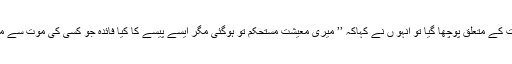
ملازمت کے متعلق پوچھا گیا تو انہو ں نے کہاکہ ’’ میری معیشت مستحکم تو ہوگئی مگر ایسے پیسے کا کیا فائدہ جو کسی کی موت سے ملا ہو‘‘۔